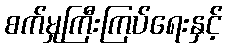
စက်မှုကြီးကြပ်ရေးနှင့်